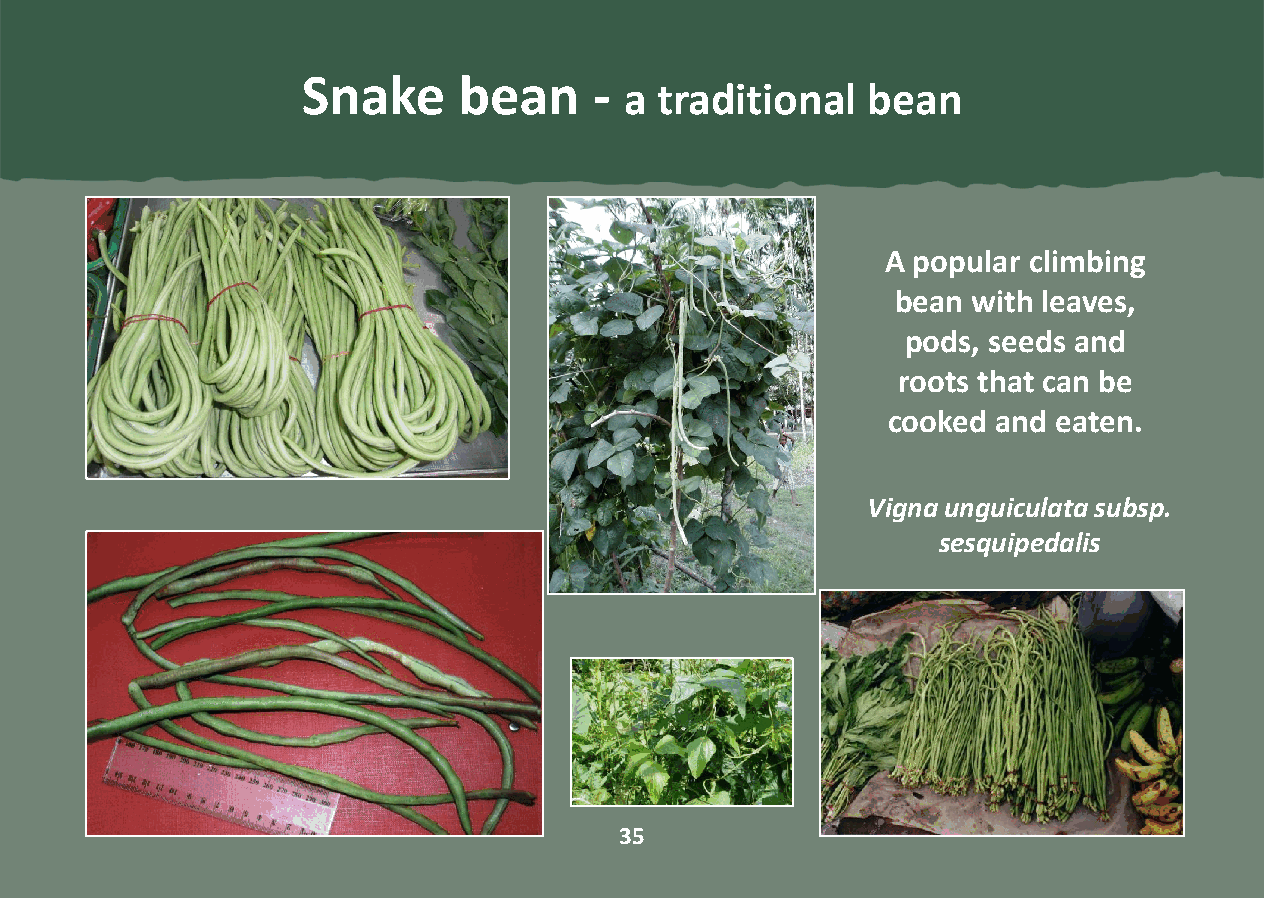
Snake     bean     -
 a  traditional  bean
 A popular climbing
 bean with leaves,
 pods, seeds and
 roots that can be
 cooked and eaten.
 Vigna unguiculata subsp.
 sesquipedalis
 35